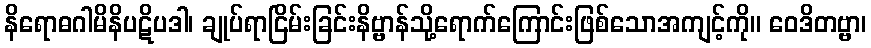
နိရောဓဂါမိနိပဋိပဒါ၊ ချုပ်ရာငြိမ်းခြင်းနိဗ္ဗာန်သို့ရောက်ကြောင်းဖြစ်သောအကျင့်ကို။ ဝေဒိတဗ္ဗာ၊